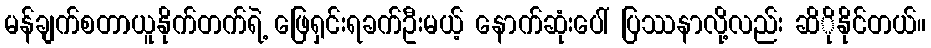
မန်ချက်စတာယူနိုက်တက်ရဲ့ ဖြေရှင်းရခက်ဦးမယ့် နောက်ဆုံးပေါ် ပြဿနာလို့လည်း ဆိိုနိုင်တယ်။